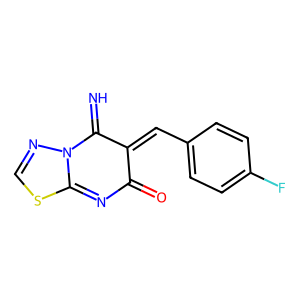
SMILES: N=C1C(=Cc2ccc(F)cc2)C(=O)N=C2SC=NN12
Inhibits HIV replication: No